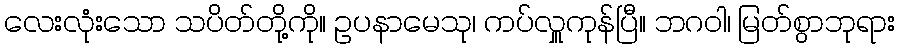
လေးလုံးသော သပိတ်တို့ကို။ ဥပနာမေသု၊ ကပ်လှူကုန်ပြီ။ ဘဂဝါ၊ မြတ်စွာဘုရား